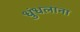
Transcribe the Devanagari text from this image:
धुंधलाना